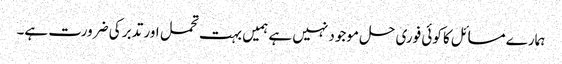
ہمارے مسائل کا کوئی فوری حل موجود نہیں ہے ہمیں بہت تحمل اور تدبر کی ضرورت ہے۔